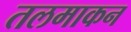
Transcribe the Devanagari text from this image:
तलमाकन